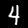
Digit: 4